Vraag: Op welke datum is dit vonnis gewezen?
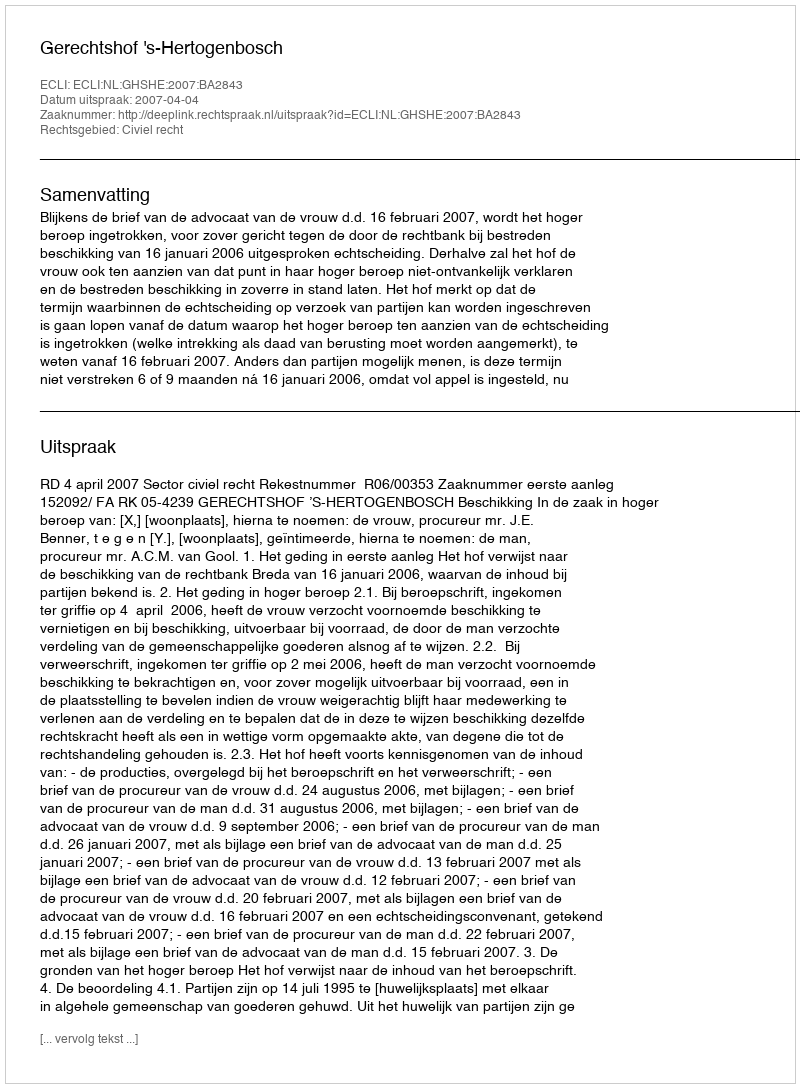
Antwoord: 2007-04-04